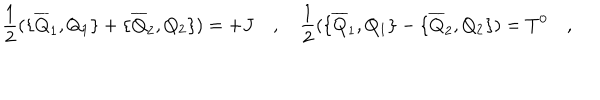
{ \frac { 1 } { 2 } } ( \{ \overline { { { Q } } } _ { 1 } , Q _ { 1 } \} + \{ \overline { { { Q } } } _ { 2 } , Q _ { 2 } \} ) = + J \quad , \quad { \frac { 1 } { 2 } } ( \{ \overline { { { Q } } } _ { 1 } , Q _ { 1 } \} - \{ \overline { { { Q } } } _ { 2 } , Q _ { 2 } \} ) = T ^ { 0 } \quad ,